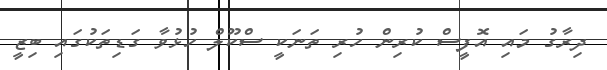
ދިރާގު މައި އޮފީސް ކުރިން ހުރި ތަނަކީ ސްކޫލް ހުޅުވާ ގަޑިތަކުގައި ބިޒީ